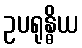
ဥပရုန္ဓိယ